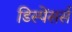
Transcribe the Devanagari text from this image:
डिस्पेंसर्स